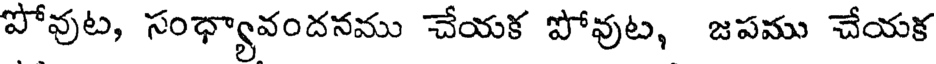
పోవుట, సంధ్యావందనము చేయక పోవుట, జపము చేయక